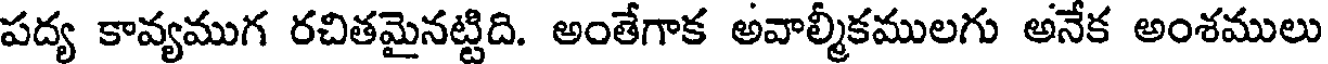
పద్య కావ్యముగ రచితమైనట్టిది. అంతేగాక అవాల్మీకములగు అనేక అంశములు